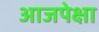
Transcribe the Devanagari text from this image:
आजपेक्षा